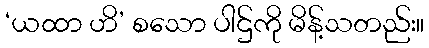
‘ယထာ ဟိ’ စသော ပါဌ်ကို မိန့်သတည်း။